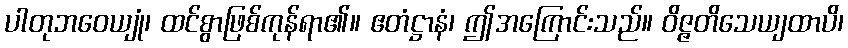
ပါတုဘဝေယျုံ၊ ထင်စွာဖြစ်ကုန်ရာ၏။ ဧတံဋ္ဌာနံ၊ ဤအကြောင်းသည်။ ဝိဇ္ဇတိသေယျထာပိ၊